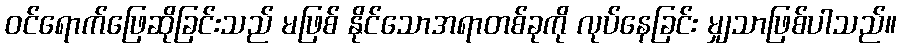
ဝင်ရောက်ဖြေဆိုခြင်းသည် မဖြစ် နိုင်သောအရာတစ်ခုကို လုပ်နေခြင်း မျှသာဖြစ်ပါသည်။